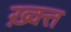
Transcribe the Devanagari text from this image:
ख़्क्त